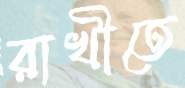
রাখীতে